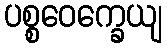
ပစ္စဝေက္ခေယျ